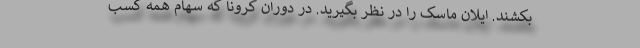
بکشند. ایلان ماسک را در نظر بگیرید. در دوران کرونا که سهام همه کسب